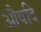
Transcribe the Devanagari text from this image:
औषदि